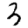
Digit: 3